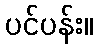
ပင်ပန်း။